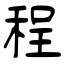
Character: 程